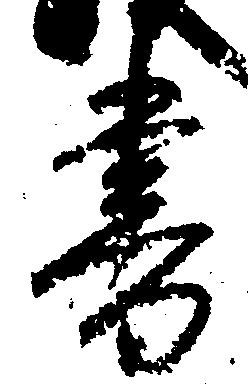
書